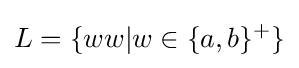
L=\{ww|w\in \{a,b\}^{+}\}